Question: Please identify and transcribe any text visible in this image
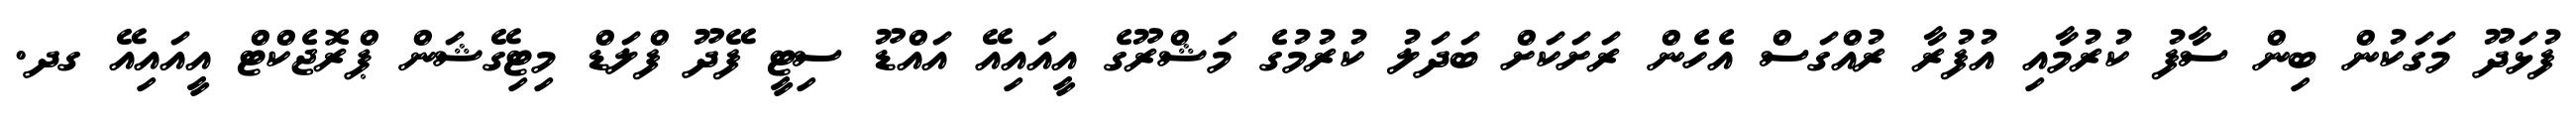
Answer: ފުޅަދޫ މަގަކުން ބިން ސާފު ކުރުމާއި އުފުރާ ރުއްގަސް އެހެން ރަށަކަށް ބަދަލު ކުރުމުގެ މަޝްރޫގެ އީއައިއޭ އައްޑޫ ސިޓީ ފޭދޫ ފްލަޑް މިޓިގޭޝަން ޕްރޮޖެކްޓް އީއައިއޭ ގދ.